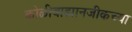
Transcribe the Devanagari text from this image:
कोळीवाड्यानजीकच्या